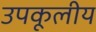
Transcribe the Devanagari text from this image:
उपकूलीय